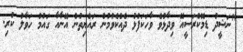
"ނަޝީދު ޑިމޮކްރަސީއޭ ވިދާޅުވެ ވާހަކަފުޅު ދެއްކެވުމުން ރައްޔިތުން އޭނާއާ ގައުމު ހަވާލު ކުރި.